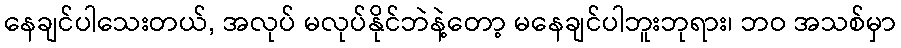
နေချင်ပါသေးတယ်, အလုပ် မလုပ်နိုင်ဘဲနဲ့တော့ မနေချင်ပါဘူးဘုရား၊ ဘဝ အသစ်မှာ